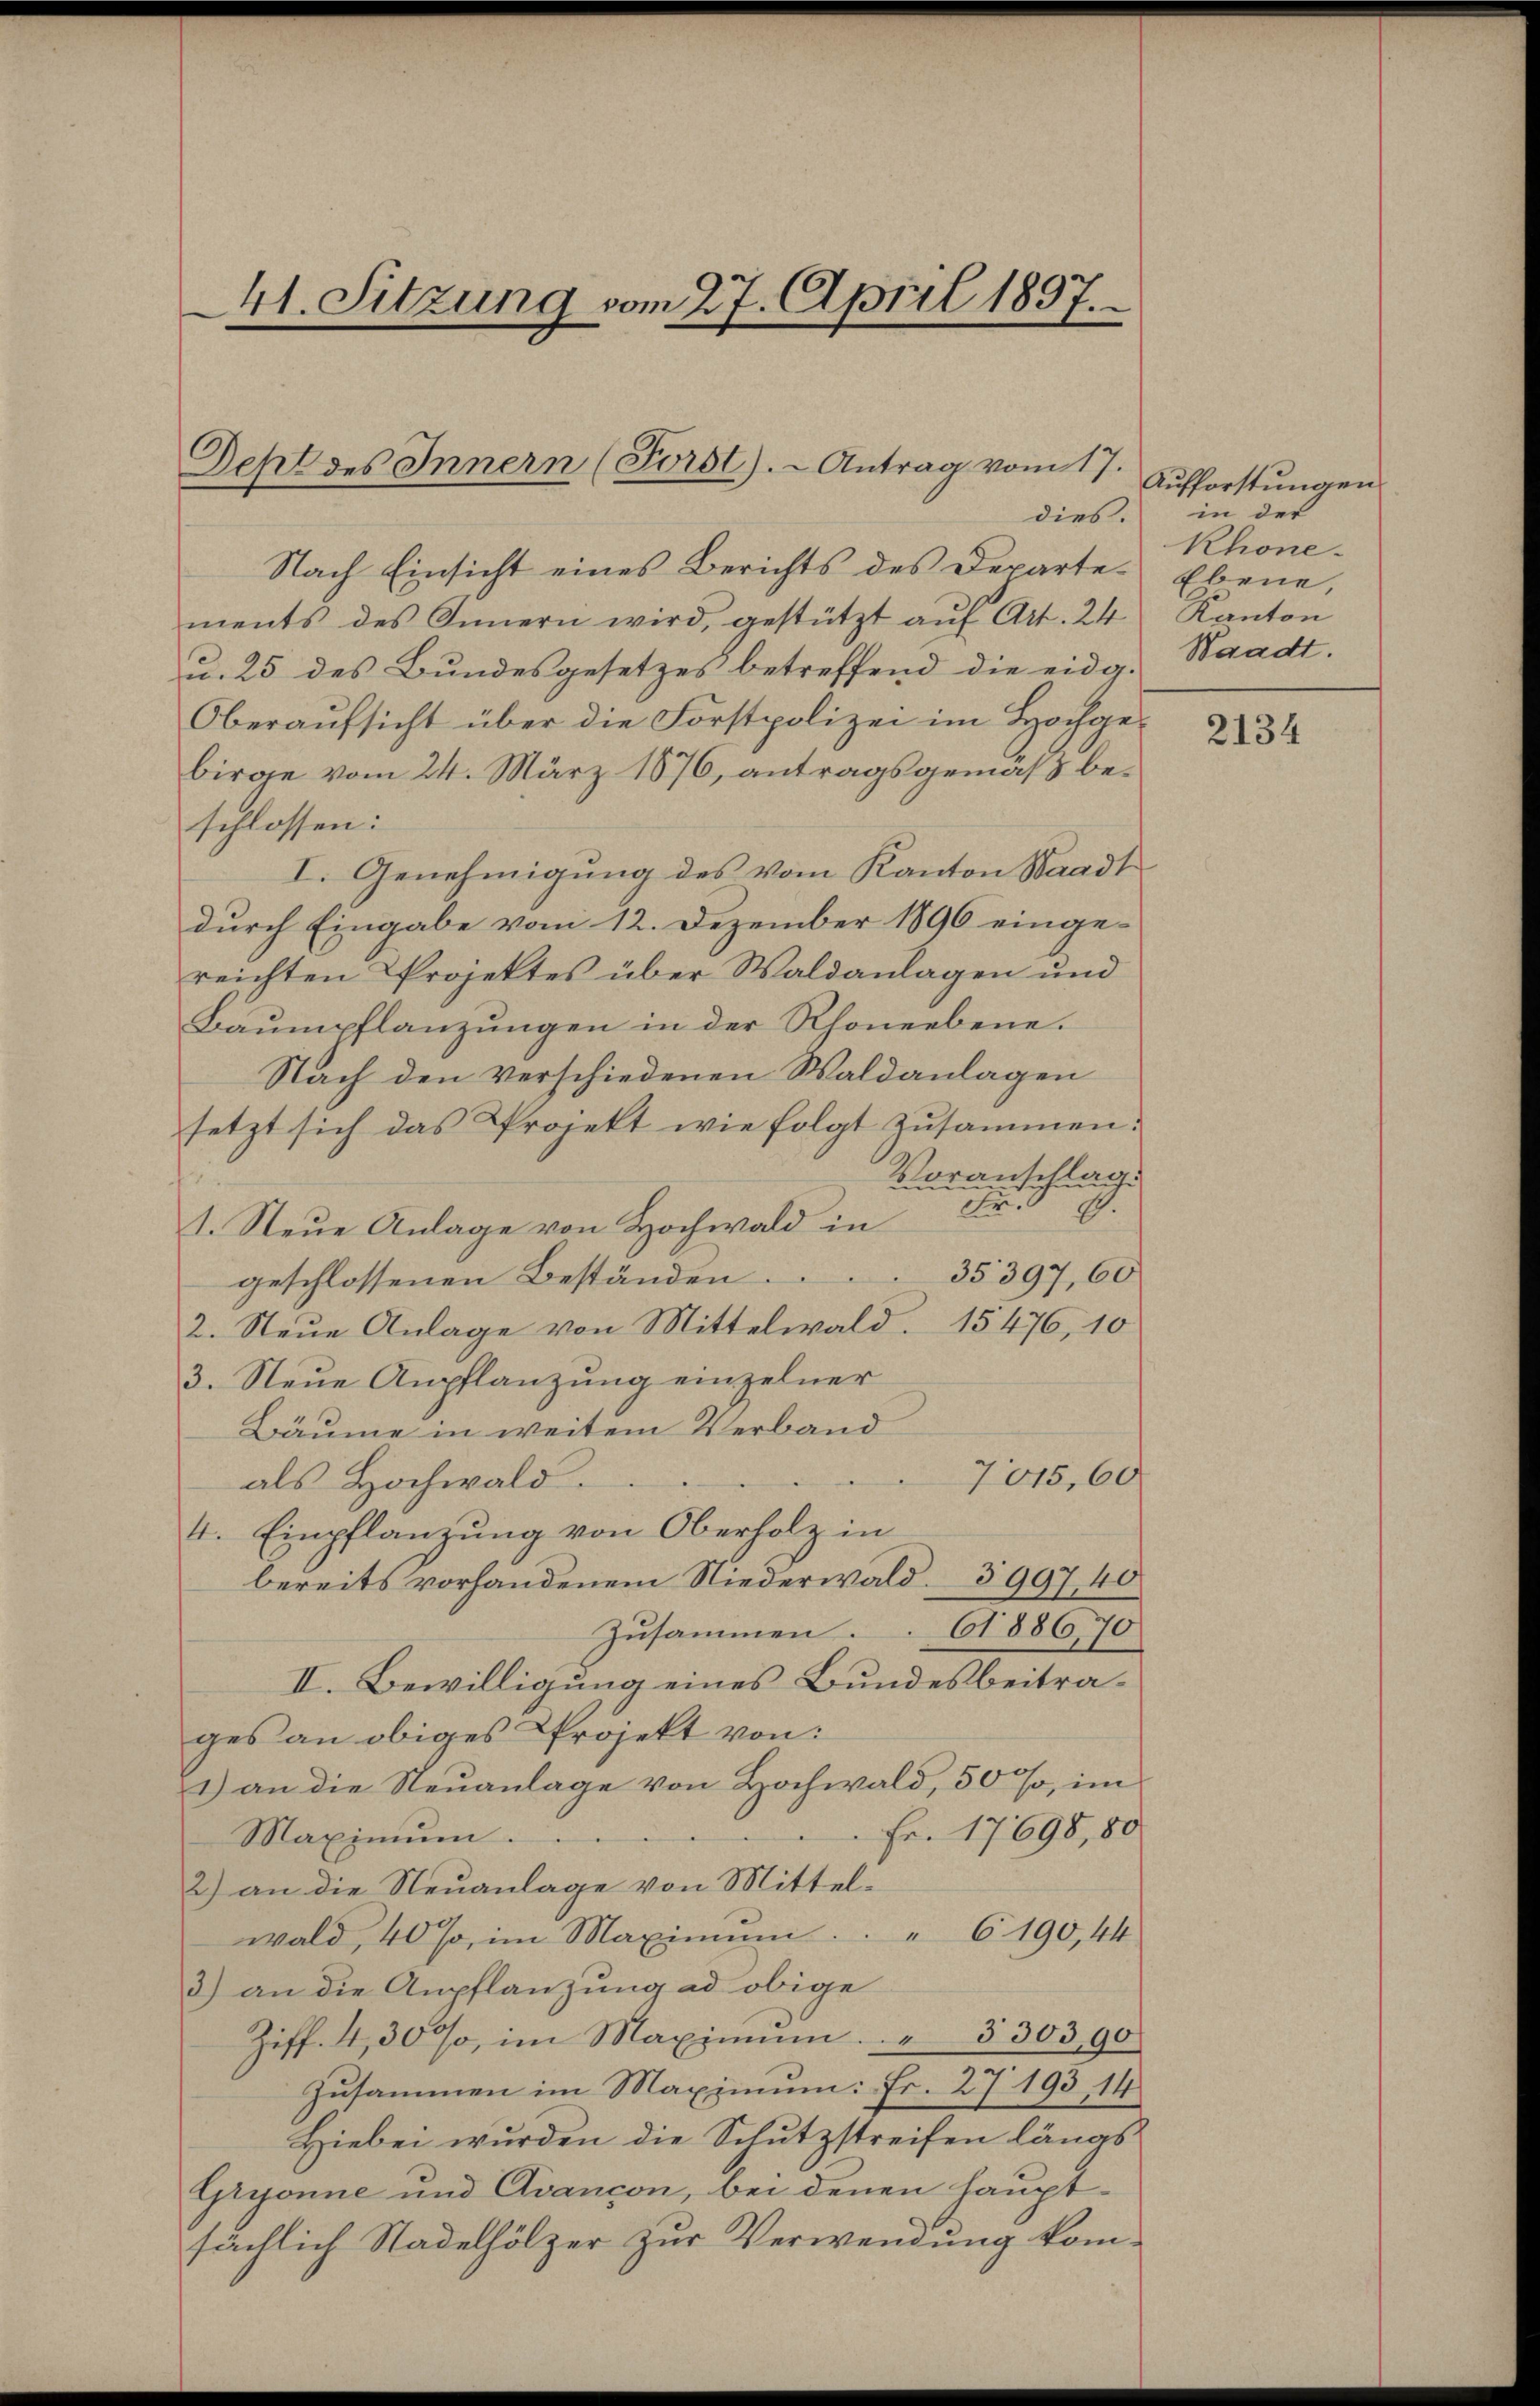
41. Sitzung vom 27. April 1837.

Nach Einsicht eines Berichts des Departe. Ebene,
ments des Innern wird, gestützt aŭf Art. 24 Kanton
u. 25 des Bundesgesetzes betreffend die eidg. Waadt.
Oberaufsicht über die Forstpolizei im Hochgebirge vom 24. März 1876, antragsgemäß beschlossen:
I. Genehmigung des vom Kanton Waadt
durch Eingabe vom 12. Dezember 1896 einge-
reichten Projektes über Waldanlagen und
Baumpflanzungen in der Rhoneebene.
Nach den verschiedenen Waldanlagen
setzt sich das Projekt wie folgt zusammen.
Voranschlag.
Fr.
A.
1. Neue Anlage von Hochwald in
35397, 60
geschlossenen Beständen.
2. Neue Anlage von Mittelwald. 15476, 10
3. Neue Anpflanzung einzelner
Bäume in weitem Verband
7015,60
als Hochwald.
4. Einpflanzung von Oberholz in
bereits vorhandenem Niederwald 3997 40
61886,70
zusammen.
II. Bewilligung eines Bundesbeitrages an obiges Projekt von:
1) an die Neuanlage von Hochwald, 50%, im
Fr. 17698,80
Maximum.
2) an die Neuanlage von Mittelwald, 40%, im Maximŭm " 6190, 44
3) an die Anpflanzung ad obige
Ziff. 430 %, im Maximŭm " 3303,90
Zusammen im Maximum: Fr. 27 193, 14
Hiebei wurden die Schutzstreifen längs
Gryonne und Avancon, bei denen hauptsächlich Stadelhölzer zur Verwendung kom¬

Seht des Innern (Forst). - Antrag vom 17.
dies.

Aufforstungen.
in der
Rhone

2134